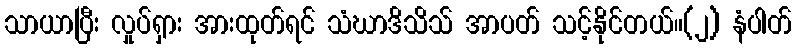
သာယာပြီး လှုပ်ရှား အားထုတ်ရင် သံဃာဒိသိသ် အာပတ် သင့်နိုင်တယ်။(၂) နံပါတ်